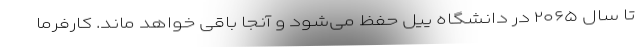
تا سال ۲۰۶۵ در دانشگاه ییل حفظ می‌شود و آنجا باقی خواهد ماند. کارفرما